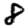
Digit: 8